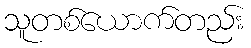
သူတစ်ယောက်တည်း